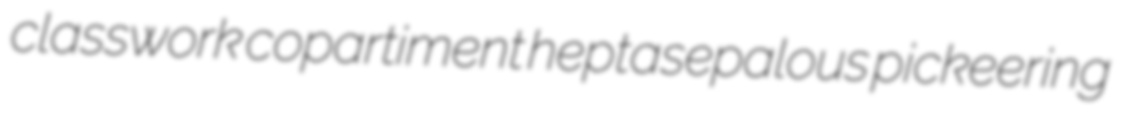
classwork copartiment heptasepalous pickeering